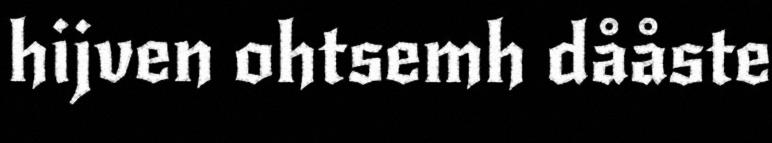
hijven ohtsemh dååste